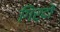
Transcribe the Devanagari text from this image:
गिर्दों